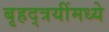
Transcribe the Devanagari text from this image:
बृहद्त्रयींमध्ये